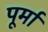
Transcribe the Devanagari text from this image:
पूर्मा